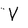
Character: V